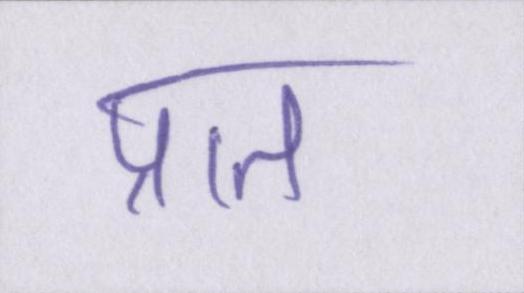
प्रात